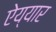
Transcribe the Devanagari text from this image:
ऐय्यार